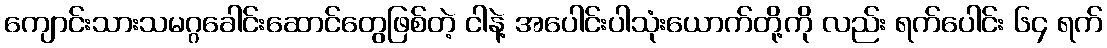
ကျောင်းသားသမဂ္ဂခေါင်းဆောင်တွေဖြစ်တဲ့ ငါနဲ့ အပေါင်းပါသုံးယောက်တို့ကို လည်း ရက်ပေါင်း ၆၄ ရက်